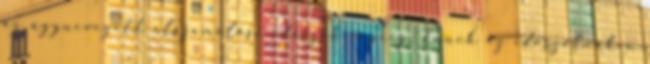
az úgynevezett elszámolási időszak végéig. Ennek az időszaknak a